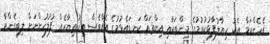
އެހެންކަމާ އެކު ހިޔާލުފާޅުކުރުމުގެ މިންތަކާއި އިންތައް ކަނޑައެޅުމުގެ އެއްވެސް އިހުތިޔާރެއް ފުލުހުންނަށް ލިބިގެންވާ